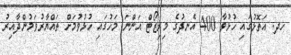
ހދ. އަތޮޅުގައި ހުޅުވާ 400 އެނދުގެ މިރިޒޯޓް އަންނަ މަހުގައި ހުޅުވުމަށް ތައްޔާރުވަމުންދާއިރު